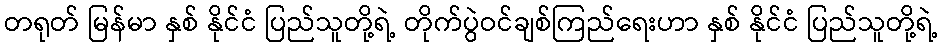
တရုတ် မြန်မာ နှစ် နိုင်ငံ ပြည်သူတို့ရဲ့ တိုက်ပွဲဝင်ချစ်ကြည်ရေးဟာ နှစ် နိုင်ငံ ပြည်သူတို့ရဲ့